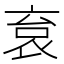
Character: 袬